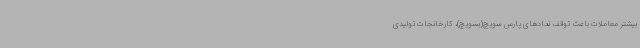
بیشتر معاملات باعث توقف نمادهای پارس سویچ(بسویچ)، کارخانجات تولیدی